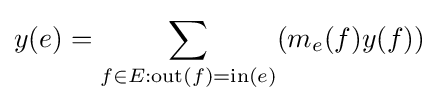
y(e)=\sum _{f\in E:\mathrm {out} (f)=\mathrm {in} (e)}(m_{e}(f)y(f))